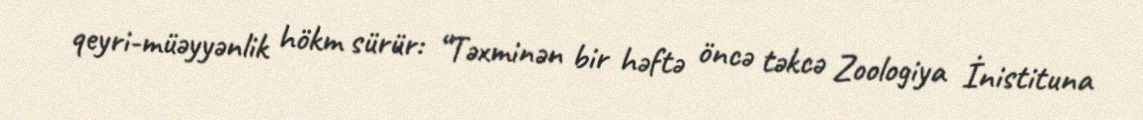
qeyri-müəyyənlik hökm sürür: “Təxminən bir həftə öncə təkcə Zoologiya İnistituna